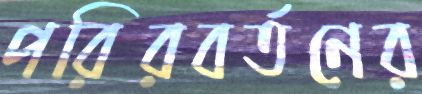
পরিরবর্তনের